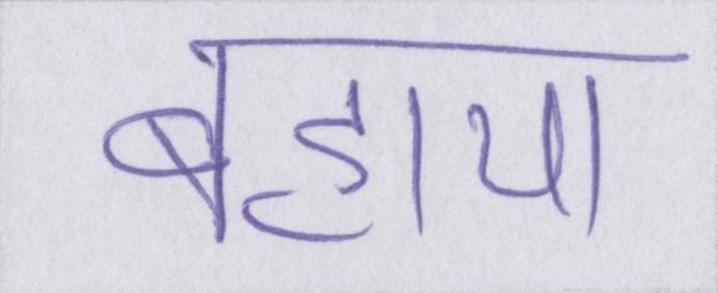
बहाया